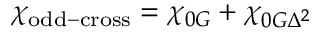
\chi _ { \mathrm { o d d - c r o s s } } = \chi _ { 0 G } + \chi _ { 0 G \Delta ^ { 2 } }